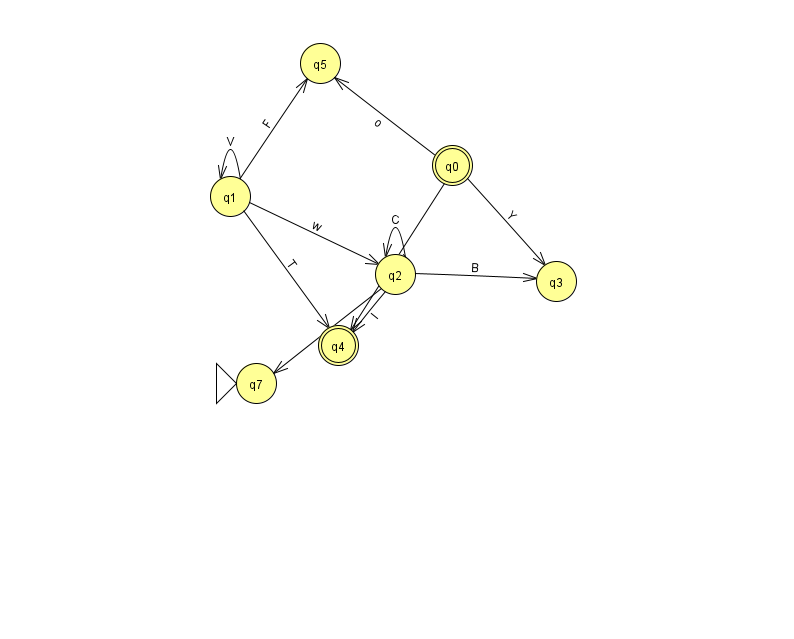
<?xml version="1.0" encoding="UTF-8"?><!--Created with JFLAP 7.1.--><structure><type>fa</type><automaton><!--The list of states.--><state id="0" name="q0"><x>452.0</x><y>152.0</y><final/></state><state id="1" name="q1"><x>230.0</x><y>183.0</y></state><state id="2" name="q2"><x>395.0</x><y>261.0</y></state><state id="3" name="q3"><x>556.0</x><y>268.0</y></state><state id="4" name="q4"><x>338.0</x><y>332.0</y><final/></state><state id="5" name="q5"><x>320.0</x><y>50.0</y></state><state id="7" name="q7"><x>256.0</x><y>370.0</y><initial/></state><!--The list of transitions.--><transition><from>0</from><to>5</to><read>o</read></transition><transition><from>2</from><to>2</to><read>C</read></transition><transition><from>1</from><to>1</to><read>V</read></transition><transition><from>1</from><to>4</to><read>T</read></transition><transition><from>0</from><to>3</to><read>Y</read></transition><transition><from>2</from><to>7</to><read>j</read></transition><transition><from>2</from><to>4</to><read>I</read></transition><transition><from>2</from><to>3</to><read>B</read></transition><transition><from>0</from><to>4</to><read>W</read></transition><transition><from>1</from><to>2</to><read>w</read></transition><transition><from>1</from><to>5</to><read>F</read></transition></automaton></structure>